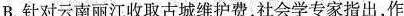
B.针对云南丽江收取古城维护费，社会学专家指出，作